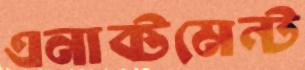
এনাক্টমেন্ট